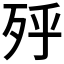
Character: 𣧯